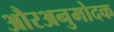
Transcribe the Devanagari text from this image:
औरअनुमोदक